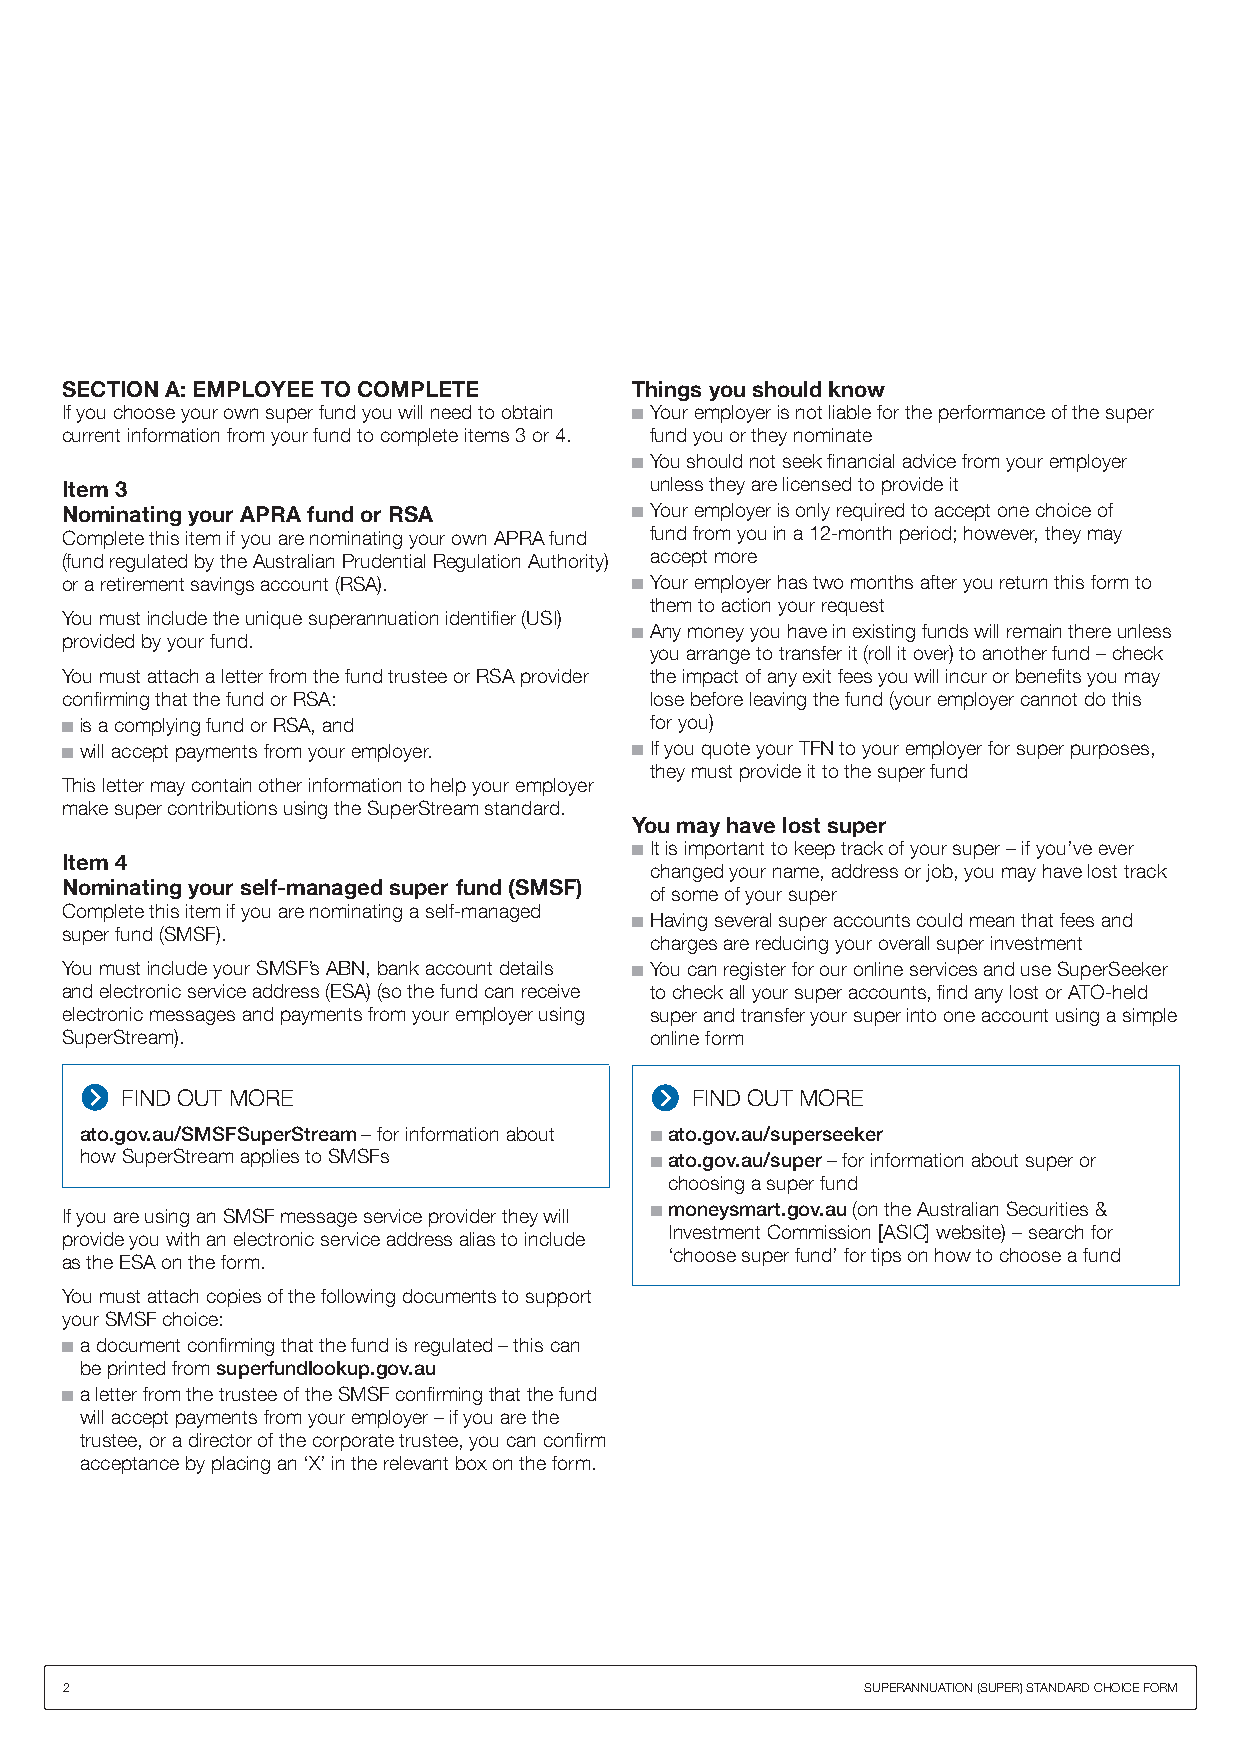
SECTION A: EMPLOYEE TO COMPLETE       Things you should know
 if you choose your own super fund you will need to obtain n Your employer is not liable for the performance of the super
 current information from your fund to complete items 3 or 4. fund you or they nominate
 n You should not seek financial advice from your employer
 Item 3                                 unless they are licensed to provide it
 Nominating your APRA fund or RSA      n Your employer is only required to accept one choice of
 Complete this item if you are nominating your own AprA fund fund from you in a 12-month period; however, they may
 (fund regulated by the Australian prudential regulation Authority) accept more
 or a retirement savings account (rSA). n Your employer has two months after you return this form to
 them to action your request
 You must include the unique superannuation identifier (USi)
 n Any money you have in existing funds will remain there unless
 provided by your fund.
 you arrange to transfer it (roll it over) to another fund – check
 You must attach a letter from the fund trustee or rSA provider the impact of any exit fees you will incur or benefits you may
 confirming that the fund or rSA:       lose before leaving the fund (your employer cannot do this
 n is a complying fund or rSA, and      for you)
 n will accept payments from your employer. n if you quote your TfN to your employer for super purposes,
 they must provide it to the super fund
 This letter may contain other information to help your employer
 make super contributions using the SuperStream standard.
 You may have lost super
 n it is important to keep track of your super – if you’ve ever
 Item 4
 changed your name, address or job, you may have lost track
 Nominating your self-managed super fund (SMSF)
 of some of your super
 Complete this item if you are nominating a self‑managed
 n having several super accounts could mean that fees and
 super fund (SMSF).
 charges are reducing your overall super investment
 You must include your SmSf’s ABN, bank account details n You can register for our online services and use SuperSeeker
 and electronic service address (ESA) (so the fund can receive to check all your super accounts, find any lost or ATo‑held
 electronic messages and payments from your employer using super and transfer your super into one account using a simple
 SuperStream).                          online form
 fiNd oUT morE                         fiNd oUT morE
 ato.gov.au/SMSFSuperStream – for information about n ato.gov.au/superseeker
 how SuperStream applies to SmSfs      n ato.gov.au/super – for information about super or
 choosing a super fund
 if you are using an SmSf message service provider they will n moneysmart.gov.au (on the Australian Securities &
 investment Commission [ASiC] website) – search for
 provide you with an electronic service address alias to include
 ‘choose super fund’ for tips on how to choose a fund
 as the ESA on the form.
 You must attach copies of the following documents to support
 your SmSf choice:
 n a document confirming that the fund is regulated – this can
 be printed from superfundlookup.gov.au
 n a letter from the trustee of the SmSf confirming that the fund
 will accept payments from your employer – if you are the
 trustee, or a director of the corporate trustee, you can confirm
 acceptance by placing an ‘X’ in the relevant box on the form.
 2                                                    SUpErANNUATioN (SUpEr) STANdArd ChoiCE form